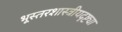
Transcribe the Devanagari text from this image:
भूस्तरशास्त्रीयदृष्ट्या